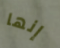
إنها